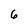
Character: 6